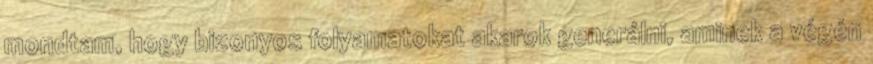
mondtam, hogy bizonyos folyamatokat akarok generálni, aminek a végén